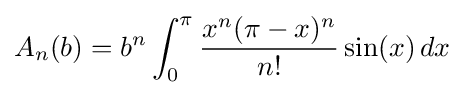
A_{n}(b)=b^{n}\int _{0}^{\pi }{\frac {x^{n}(\pi -x)^{n}}{n!}}\sin(x)\,dx